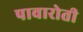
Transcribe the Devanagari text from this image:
पावारोती